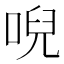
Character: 唲